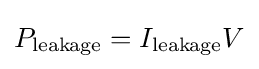
P_{\text{leakage}}=I_{\text{leakage}}V